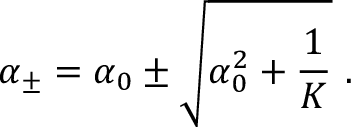
{ \alpha } _ { \pm } = { \alpha } _ { 0 } \pm \sqrt { { \alpha } _ { 0 } ^ { 2 } + { \frac { 1 } { K } } } { } ~ .